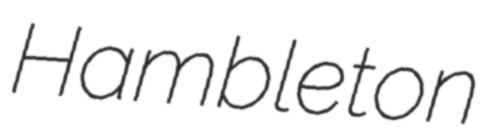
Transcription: Hambleton